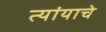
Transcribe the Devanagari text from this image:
त्यांयाचे